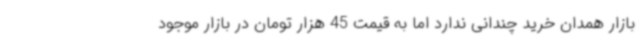
بازار همدان خرید چندانی ندارد اما به قیمت 45 هزار تومان در بازار موجود